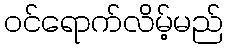
ဝင်ရောက်လိမ့်မည်